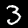
Label: 3